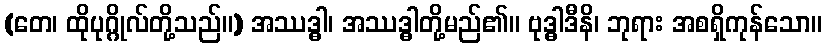
(တေ၊ ထိုပုဂ္ဂိုလ်တို့သည်။) အဿဒ္ဓါ၊ အဿဒ္ဓါတို့မည်၏။ ဗုဒ္ဓါဒီနိ၊ ဘုရား အစရှိကုန်သော။